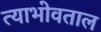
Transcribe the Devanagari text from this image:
त्याभोवताल